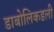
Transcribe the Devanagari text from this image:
डाबोलिकडली